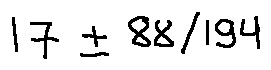
1 7 \pm 8 8 / 1 9 4